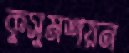
কুসুমশয়ন